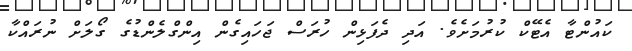
ކައުންޓާ އެޓޭކް ކުރުމަށެވެ. އަދި ދެފަޅިން ހުރަސް ޖަހައިގެން އިންގްލެންޑުގެ ގޯލަށް ނުރައްކާ